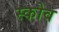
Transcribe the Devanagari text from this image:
स्‍कोव